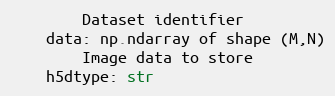
Language: Python
        Dataset identifier
    data: np.ndarray of shape (M,N)
        Image data to store
    h5dtype: str